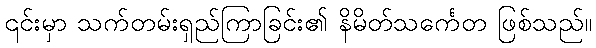
၎င်းမှာ သက်တမ်းရှည်ကြာခြင်း၏ နိမိတ်သင်္ကေတ ဖြစ်သည်။